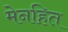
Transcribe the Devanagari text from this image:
मेनहित